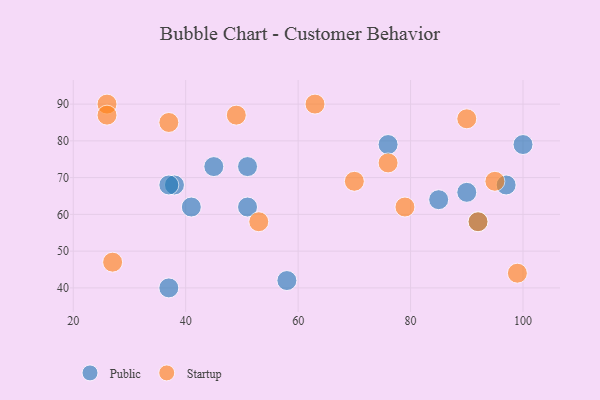
{"axis": {"x": "GDP", "y": "Life Expectancy"}, "legend": ["Public", "Startup"], "data": [{"x": "45", "y": 73, "type": "Public"}, {"x": "92", "y": 58, "type": "Public"}, {"x": "76", "y": 79, "type": "Public"}, {"x": "37", "y": 40, "type": "Public"}, {"x": "97", "y": 68, "type": "Public"}, {"x": "58", "y": 42, "type": "Public"}, {"x": "51", "y": 62, "type": "Public"}, {"x": "100", "y": 79, "type": "Public"}, {"x": "38", "y": 68, "type": "Public"}, {"x": "37", "y": 68, "type": "Public"}, {"x": "85", "y": 64, "type": "Public"}, {"x": "51", "y": 73, "type": "Public"}, {"x": "90", "y": 66, "type": "Public"}, {"x": "41", "y": 62, "type": "Public"}, {"x": "26", "y": 90, "type": "Startup"}, {"x": "79", "y": 62, "type": "Startup"}, {"x": "26", "y": 87, "type": "Startup"}, {"x": "70", "y": 69, "type": "Startup"}, {"x": "49", "y": 87, "type": "Startup"}, {"x": "27", "y": 47, "type": "Startup"}, {"x": "99", "y": 44, "type": "Startup"}, {"x": "76", "y": 74, "type": "Startup"}, {"x": "92", "y": 58, "type": "Startup"}, {"x": "37", "y": 85, "type": "Startup"}, {"x": "95", "y": 69, "type": "Startup"}, {"x": "53", "y": 58, "type": "Startup"}, {"x": "63", "y": 90, "type": "Startup"}, {"x": "90", "y": 86, "type": "Startup"}]}